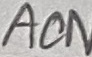
Text: ACN